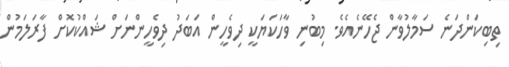
ތިބިކަންދަނެ ސަމާލުވާން ޖެހޭނެއެވެ. މިބުނި ވާހަކަޔަކީ ދިވެހީން އަބަދު ދިވެހީންނަށް ޝައްކުކޮށް ފާރަލަމުން